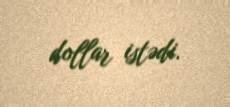
dollar istədi.